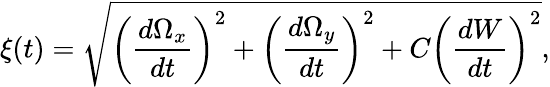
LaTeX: \xi(t)=\sqrt{\left(\frac{d\Omega_{x}}{dt}\right)^{2}+\left(\frac{d\Omega_{y}}{dt}\right)^{2}+C\left(\frac{dW}{dt}\right)^{2}},